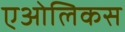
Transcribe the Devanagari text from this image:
एओलिकस